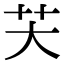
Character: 芖